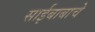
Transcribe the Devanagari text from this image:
साईबाबाचे